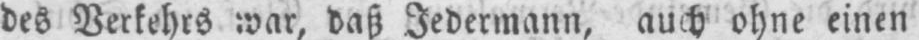
des Verkehrs war, daß Jedermann, auch ohne einen